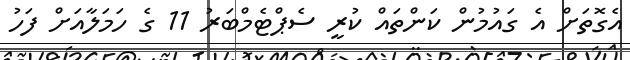
އެގޮތަށް އެ ގައުމުން ކަންތައް ކުރީ ސެޕްޓެމްބަރު 11 ގެ ހަމަލާއަށް ފަހު